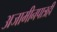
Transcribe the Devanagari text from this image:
अजामीनपात्रही